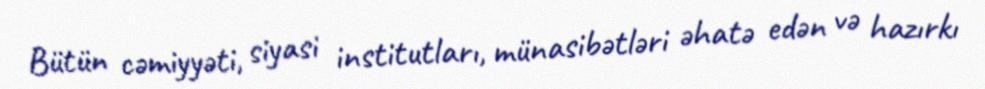
Bütün cəmiyyəti, siyasi institutları, münasibətləri əhatə edən və hazırkı